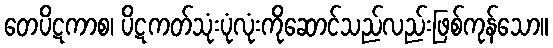
တေပိဋကာစ၊ ပိဋကတ်သုံးပုံလုံးကိုဆောင်သည်လည်းဖြစ်ကုန်သော။